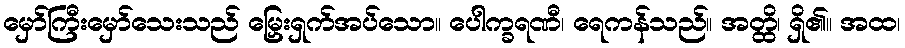
မှော်ကြီးမှော်သေးသည် မြှေးရှက်အပ်သော။ ပေါက္ခရဏီ၊ ရေကန်သည်။ အတ္ထိ၊ ရှိ၏။ အထ၊